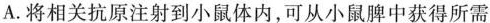
A.将相关抗原注射到小鼠体内，可从小鼠脾中获得所需